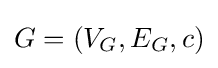
G=(V_{G},E_{G},c)